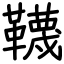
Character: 韈